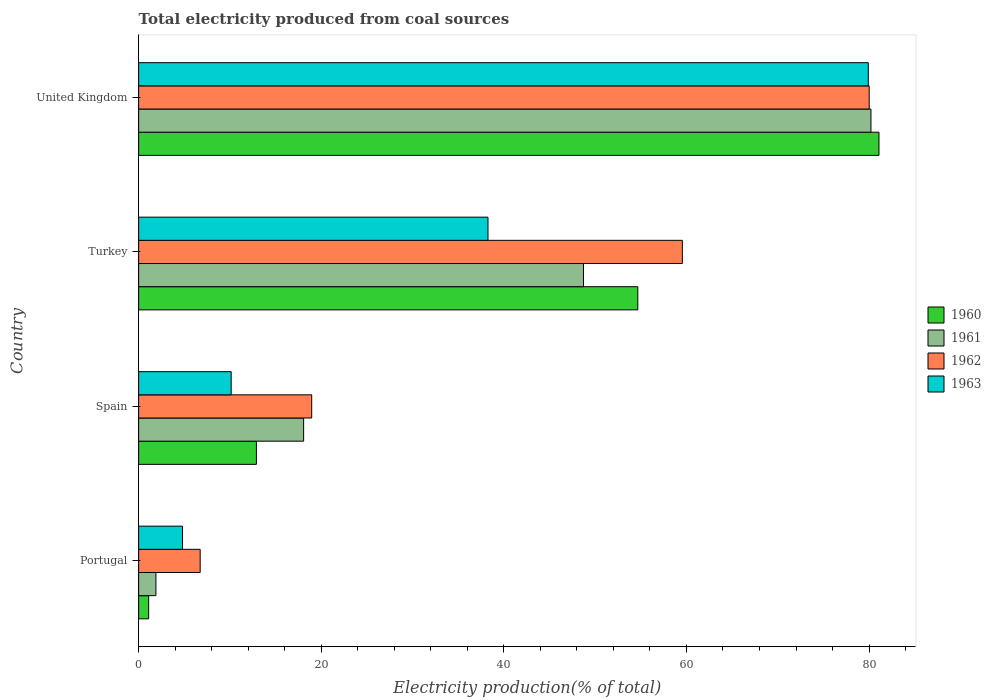
| Country | 1960 | 1961 | 1962 | 1963 |
 | --- | --- | --- | --- | --- |
 | Portugal | 1.1 | 1.89 | 6.74 | 4.81 |
 | Spain | 12.9 | 18.1 | 19 | 10.1 |
 | Turkey | 54.7 | 48.7 | 59.6 | 38.3 |
 | United Kingdom | 81.1 | 80.2 | 80 | 79.9 |